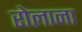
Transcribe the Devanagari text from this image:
रोलाना